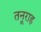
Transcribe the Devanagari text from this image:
तनूराह